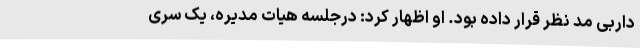
داربی مد نظر قرار داده بود. او اظهار کرد: درجلسه هیات مدیره، یک سری